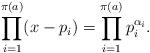
LaTeX: \begin{align*} \prod_{i = 1}^{\pi(a)} (x - p_i) = \prod_{i = 1}^{\pi(a)}p_i^{\alpha_i}. \end{align*}